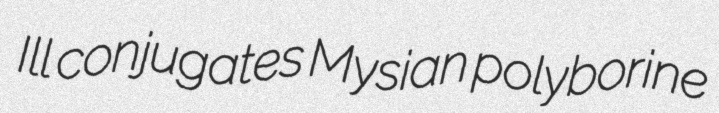
Ill conjugates Mysian polyborine